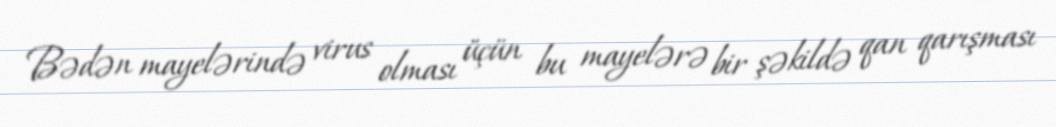
Bədən mayelərində virus olması üçün bu mayelərə bir şəkildə qan qarışması